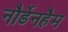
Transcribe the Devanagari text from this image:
नौर्डेनहैम